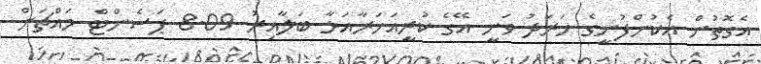
އެގޮތުން އެކުންފުނީގެ ހަރަދު ވަނީ އޭގެ ކުރީއަހަރާއަޅާ ބަލާއިރު 8.09 ޕަސެންޓް މައްޗަށް